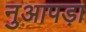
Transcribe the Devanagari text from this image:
नुआपड़ा